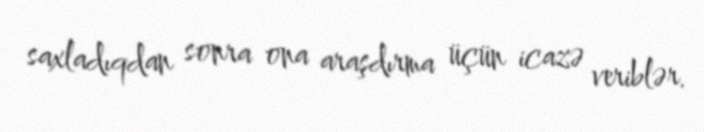
saxladıqdan sonra ona araşdırma üçün icazə veriblər.